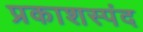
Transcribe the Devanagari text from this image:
प्रकाशस्पंद